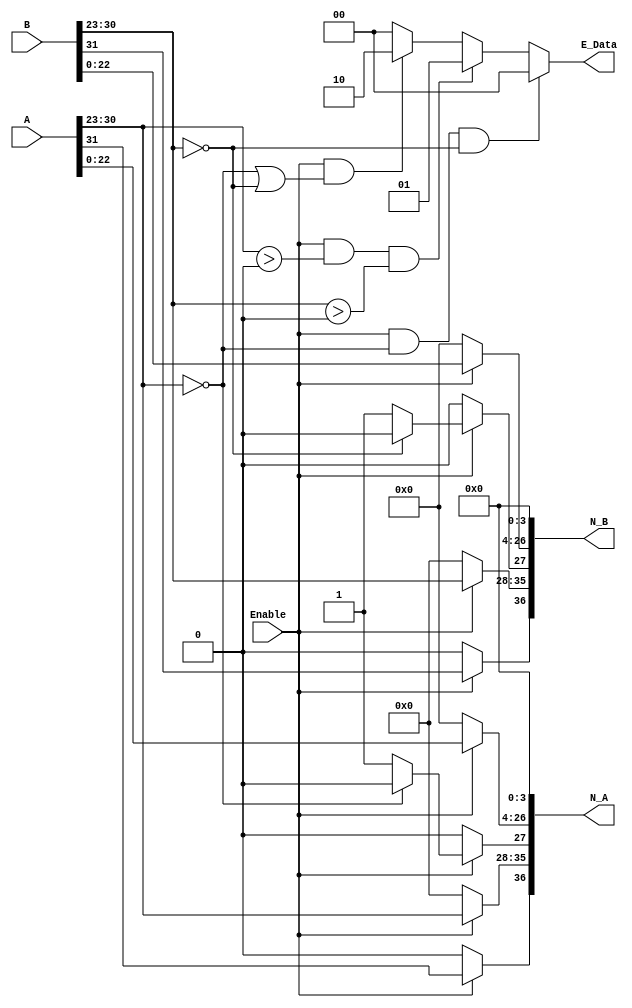
module selector
(
    input   [31 : 0]   A, B,
    input              Enable,      // If enable signal is high it means we do not have a special case
    output  [36 : 0]   N_A, N_B,
    output  [01 : 0]   E_Data
);
    
wire       S_A = A[31] ;            // S_A --> sign of input A
wire       S_B = B[31] ;            // S_A --> sign of input B

wire [7:0] E_A = A[30:23] ;         // E_A --> exponent of input A
wire [7:0] E_B = B[30:23] ;         // E_B --> exponent of input B

wire [22:0] M_A = A[22:0] ;         // M_A --> mantissa of input A
wire [22:0] M_B = B[22:0] ;         // M_B --> mantissa of input B

// *******************************&&%&%&&******************************

assign N_A[36] = (Enable)? S_A : 0;

assign N_A[35:28] = (Enable)? E_A : 0;

assign N_B[36] = (Enable)? S_B : 0;

assign N_B[35:28] = (Enable)? E_B : 0;

//

assign N_A[27] = (Enable)? ((E_A == 0)? 1'b0 : 1'b1 ) : 0;

assign N_A[26:4] = (Enable)? M_A : 0;

assign N_A[3:0] = 0;

// 

assign N_B[27] = (Enable)? ((E_B == 0)? 1'b0 : 1'b1 ) : 0;

assign N_B[26:4] = (Enable)? M_B : 0;

assign N_B[3:0] = 0;

//

assign E_Data = ((Enable == 1'b1) & (E_A == 0) & (E_B == 0))? 2'b00 : 
                ((Enable == 1'b1) & (E_A > 0)  & (E_B > 0) )? 2'b01 : 
                ((Enable == 1'b1) & ((E_A == 0) | (E_B == 0)))? 2'b10 : 2'b00;

endmodule //selector